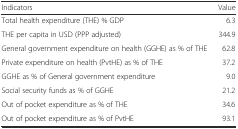
<table><thead><tr><td><b>Indicators</b></td><td><b>Value</b></td></tr></thead><tbody><tr><td>Total health expenditure (THE) % GDP</td><td>6.3</td></tr><tr><td>THE per capita in USD (PPP adjusted)</td><td>344.9</td></tr><tr><td>General government expenditure on health (GGHE) as % of THE</td><td>62.8</td></tr><tr><td>Private expenditure on health (PvtHE) as % of THE</td><td>37.2</td></tr><tr><td>GGHE as % of General government expenditure</td><td>9.0</td></tr><tr><td>Social security funds as % of GGHE</td><td>21.2</td></tr><tr><td>Out of pocket expenditure as % of THE</td><td>34.6</td></tr><tr><td>Out of pocket expenditure as % of PvtHE</td><td>93.1</td></tr></tbody></table>